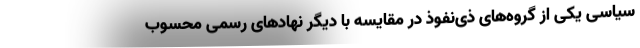
سیاسی یکی از گروه‌های ذی‌نفوذ در مقایسه با دیگر نهاد‌های رسمی محسوب